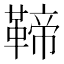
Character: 𩋣